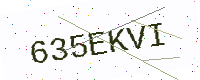
Text: 635EKVI